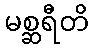
မစ္ဆရီတိ